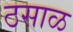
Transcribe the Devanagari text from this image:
ठसाळ